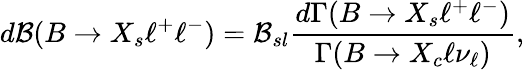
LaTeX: d{\cal B}(B\to X_{s}\ell^{+}\ell^{-})={\cal B}_{sl}\frac{d\Gamma(B\to X_{s}\ell^{+}\ell^{-})}{\Gamma(B\to X_{c}\ell\nu_{\ell})},